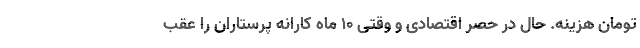
تومان هزینه. حال در حصر اقتصادی و وقتی 10 ماه کارانه پرستاران را عقب